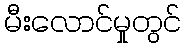
မီးလောင်မှုတွင်